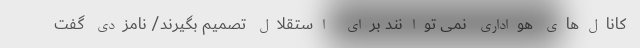
کانال‌های هواداری نمی توانند برای استقلال تصمیم بگیرند/ نامزدی گفت